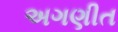
અગણીત